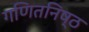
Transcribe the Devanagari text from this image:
गणितनिष्ठ